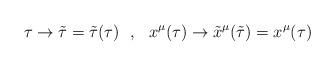
LaTeX: \begin{align*}\tau\rightarrow\tilde{\tau}=\tilde{\tau}(\tau)\ \ ,\ \ x^\mu(\tau)\rightarrow\tilde{x}^\mu(\tilde{\tau})=x^\mu(\tau)\end{align*}